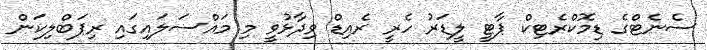
ސެނެޓްގެ ޑިމޮކްރެޓިކް ޕާޓީ ލީޑަރު ހެރީ ރެއިޑް ވިދާޅުވީ މި މައްސަލައިގައި ރިޕަބްލިކަން